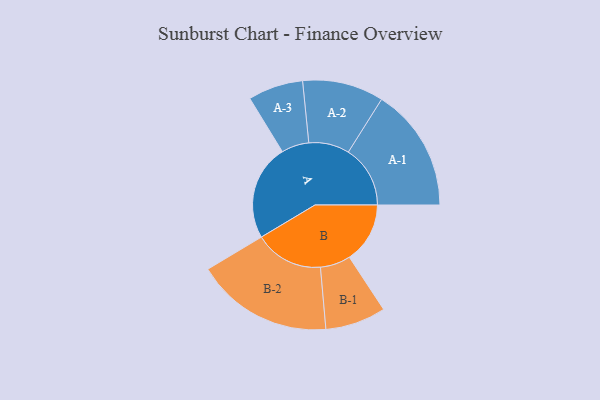
{"axis": {"x": "Segment", "y": "Value"}, "legend": ["", "A", "B"], "data": [{"x": "A", "y": 382, "type": ""}, {"x": "B", "y": 242, "type": ""}, {"x": "A-1", "y": 247, "type": "A"}, {"x": "A-2", "y": 162, "type": "A"}, {"x": "A-3", "y": 110, "type": "A"}, {"x": "B-1", "y": 121, "type": "B"}, {"x": "B-2", "y": 274, "type": "B"}]}